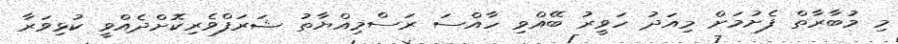
މި މުބާރާތް ފެށުމަށް މިއަދު ހަވީރު ބޭއްވި ހާއްސަ ރަސްމިއްޔާތު ޝަރަފްވެރިކޮށްދެއްވީ ކުޅިވަރާ